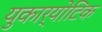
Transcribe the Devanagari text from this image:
युकार्योटिक